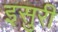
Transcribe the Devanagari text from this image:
इसुरी